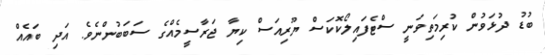
ބުޑު ދުޅަވުން ކުރިމަތިވަނީ ސްޓެފައިލޯކޮކަސް ޔޫރިއަސް ކިޔާ ޖަރާސީމެއްގެ ސަބަބުންނެވެ. އަދި ބައެއް